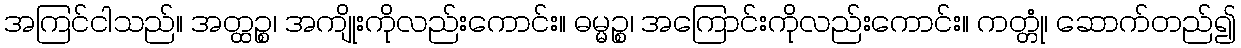
အကြင်ငါသည်။ အတ္ထဉ္စ၊ အကျိုးကိုလည်းကောင်း။ ဓမ္မဉ္စ၊ အကြောင်းကိုလည်းကောင်း။ ကတ္တုံ၊ ဆောက်တည်၍